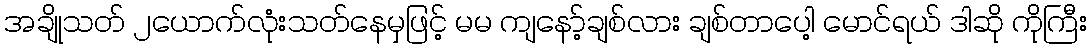
အချိုသတ် ၂ယောက်လုံးသတ်နေမှဖြင့် မမ ကျနော့်ချစ်လား ချစ်တာပေါ့ မောင်ရယ် ဒါဆို ကိုကြီး